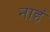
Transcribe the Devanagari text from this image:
नाहं